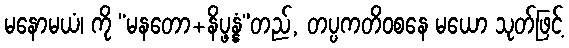
မနောမယံ၊ ကို “မနတော+နိပ္ဖန္နံ”တည်, တပ္ပကတိဝစနေ မယော သုတ်ဖြင့်